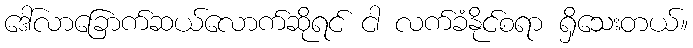
ဒေါ်လာခြောက်ဆယ်လောက်ဆိုရင် ငါ လက်ခံနိုင်စရာ ရှိသေးတယ်။